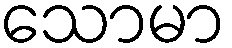
သောမာ